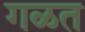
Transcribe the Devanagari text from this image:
गळत